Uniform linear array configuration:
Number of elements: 4
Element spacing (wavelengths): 0.25
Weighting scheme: blackman
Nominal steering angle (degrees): -15
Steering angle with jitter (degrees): -14.687
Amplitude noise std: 0.05
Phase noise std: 0.05

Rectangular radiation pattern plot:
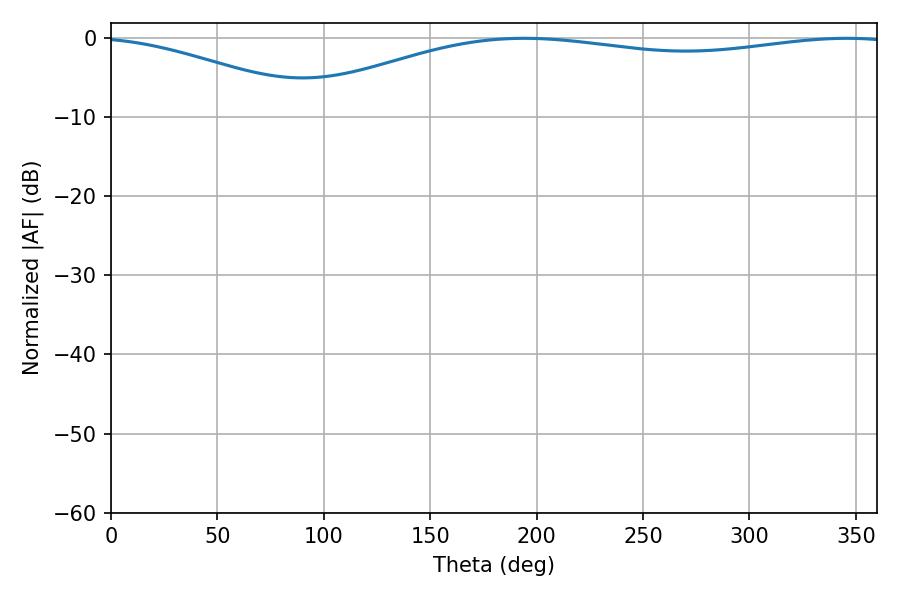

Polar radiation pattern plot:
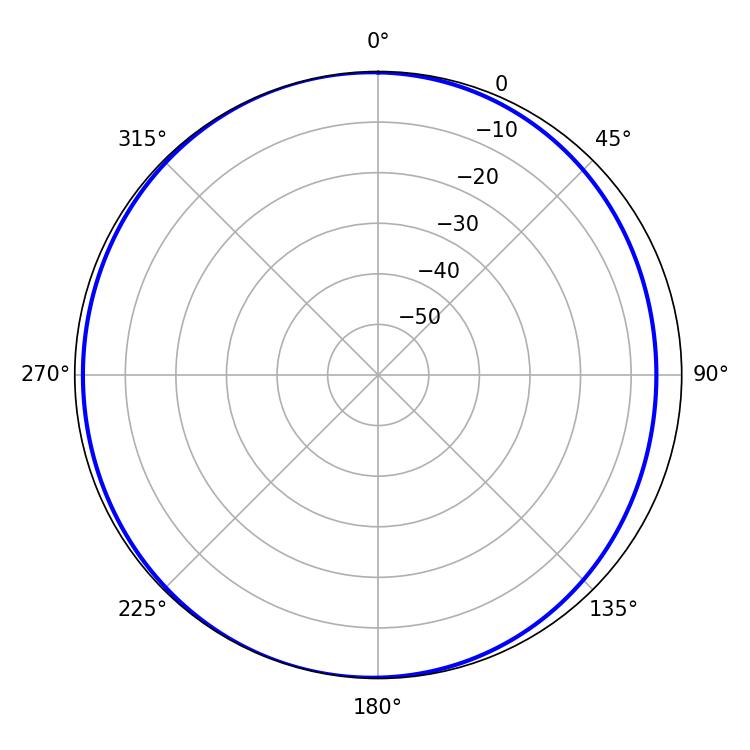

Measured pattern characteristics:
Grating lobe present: FALSE
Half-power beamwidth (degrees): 229.14
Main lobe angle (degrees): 194.22